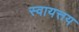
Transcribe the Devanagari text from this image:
स्वायत्तय